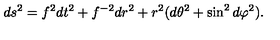
d s ^ { 2 } = f ^ { 2 } d t ^ { 2 } + f ^ { - 2 } d r ^ { 2 } + r ^ { 2 } ( d \theta ^ { 2 } + \sin ^ { 2 } d \varphi ^ { 2 } ) .